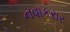
નવાકરાર